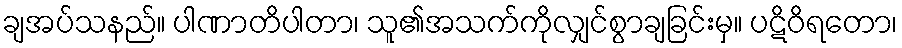
ချအပ်သနည်။ ပါဏာတိပါတာ၊ သူ၏အသက်ကိုလျှင်စွာချခြင်းမှ။ ပဋိဝိရတော၊